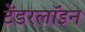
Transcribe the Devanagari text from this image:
टेंडरलॉइन